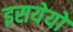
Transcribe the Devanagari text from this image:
इसयेयों